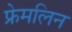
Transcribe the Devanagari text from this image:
फ्रेमलिन